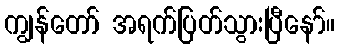
ကျွန်တော် အရက်ပြတ်သွားပြီနော်။